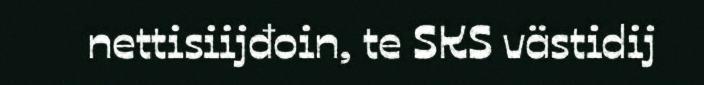
nettisiijđoin, te SKS västidij